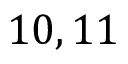
1 0 , 1 1